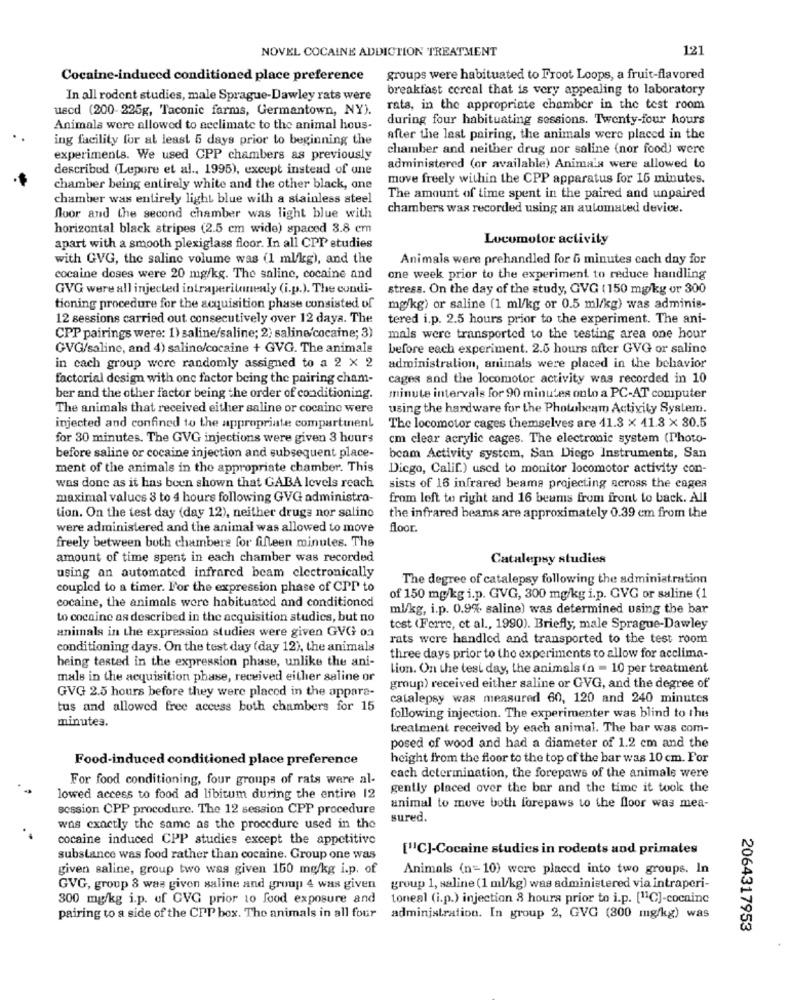
NOVEL COCAINE ADDICTION TREATMENT
121
Cocaine-induced conditioned place preference
groups were habituated to Froot Loops, a fruit-flavored
breakfast cereal that is very appealing to laboratory
In all rodent studies, male Sprague-Dawley rats were
uscd (200-225g, Taconic farms, Germantown, NY).
rats, in the appropriate chamber in the test room
during four habituating sessions. Twenty-four hours
Animals were allowed to acclimate to the animal hous-
ing facility for at least 5 days prior to beginning the
after the last pairing, the animals were placed in the
chamber and neither drug nor saline (nor food) were
experiments. We used CPP chambers as previously
described (Lepore et al ., 1995), except instead of une
administered (or available) Animals were allowed to
move freely within the CPP apparatus for 15 minutes.
chamber being entirely white and the other black, one
chamber was entirely light blue with a stainless steel
The amount of time spent in the paired and unpaired
chambers was recorded using an automated device.
floor and the second chamber was light blue with
horizontal black stripes (2.5 cm wide) spaced 3.8 cm
Locumotor activity
apart with a smooth plexiglass floor. In all CPP studies
with GVG, the saline volume was (1 ml/kg), and the
Animals were prehandled for 6 minutes each day for
cocaine doses were 20 mg/kg. The saline, cocaine and
one week prior to the experiment to reduce handling
GVG were all injected intraperitonealy (i.p.). The condi-
stress. On the day of the study, GVG ( 150 mg/kg or 300
tioning procedure for the acquisition phase consisted of
mg/kg) or saline (1 ml/kg or 0.5 ml/kg) was adminis-
12 sessions carried out consecutively over 12 daya. The
tered i.p. 2.5 hours prior to the experiment. The ani-
CPP pairings were: 1) saline/saline; 2; saline/cocaine; 3)
mals were transported to the testing area one hour
GVG/saline, and 4) saline/cocaine + GVG. The animals
before each experiment. 2.5 hours after GVG or saline
in cach group were randomly assigned to a 2 x 2
administration, animals were placed in the behavior
factorial design with one factor being the pairing cham-
cages and the locomotor activity was recorded in 10
ber and the other factor being the order of conditioning.
minute intervals for 90 minutes onto a PC-AT computer
The animals that received either saline or cocaino were
using the hardware for the Photobeam Activity System.
injected and confined to the appropriate compartment
The locomotor cages themselves are 11.3 × 11.3 × 30.5
for 30 minutes. The GVG injections were given 3 hours
cm clear acrylic cages. The electronic system (Photo-
before saline or cocaine injection and subsequent place-
beam Activity system, San Diego Instruments, San
ment of the animals in the appropriate chamber. This
Diego, Calif.) used to monitor locomotor activity con-
was done as it has been shown that GABA levels reach
sists of 16 infrared beams projecting across the cages
maximal values 3 to 4 hours following GVG administra-
from left to right and 16 beams from front to back. All
tion. On the test day (day 12), neither drugs nor salino
the infrared beams are approximately 0.39 cm from the
were administered and the animal was allowed to move
floor.
freely between both chambers for fifteen minutes. The
amount of time spent in each chamber was recorded
Catalepsy studies
using an automated infrared beam electronically
The degree of catalepsy following the administration
coupled to a timer. For the expression phase of CPP to
cocaine, the animals were habituated and conditioned
of 150 mg/kg i.p. GVG, 300 mg/kg i.p. GVG or saline (1
ml/kg, i.p. 0.9% saline) was determined using the bar
to cocaine as described in the acquisition studies, but no
animals in the expression studies were given GVG on
test (Ferre, et al ., 1990). Briefly, male Sprague-Dawley
rats were handled and transported to the test room
conditioning days. On the test day (day 12), the animals
being tested in the expression phase, unlike the ani-
three days prior to the experiments to allow for acclima-
Lion. On the test day, the animals (n = 10 per treatment
mals in the acquisition phase, received either saline or
GVG 2.5 hours before they were placed in the appara-
group) received either saline or GVG, and the degree of
catalepsy was measured 60, 120 and 240 minutes
tus and allowed free access both chambers for 15
minutes.
following injection. The experimenter was blind to the
treatment received by each animal. The bar was com-
posed of wood and had a diameter of 1.2 cm and the
Food-induced conditioned place preference
height from the floor to the top of the bar was 10 cm. For
For food conditioning, four groups of rats were al-
cach determination, the forepaws of the animals were
gently placed over the bar and the time it took the
lowed access to food ad libitum during the entire 12
session CPP procedure. The 12 session CPP procedure
animal to move both forepaws to the floor was mea-
sured.
was exactly the same as the procedure used in the
cocaine induced CPP studies except the appetitive
["C]-Cocaine studies in rodents and primates
substance was food rather than cocaine. Group one was
given saline, group two was given 150 mg/kg i.p. of
Animals (n= 10) were placed into two groups. In
GVG, group 8 was given saline and group 4 was given
group 1, saline (1 ml/kg) was administered via intraperi-
300 mg/kg i.p. of GVG prior 10 food exposure and
toneal (i.p.) injection 8 hours prior to i.p. [11C]-cocaine
pairing to a side of the CPP box. The animals in all four
administration. In group 2, GVG (800 mg/kg) was
2064317953